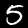
Label: 5